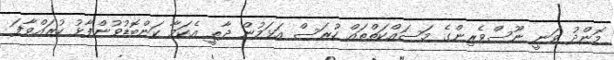
މޮންދު ވަނީ ނޫސްވެރިންގެ މަސައްކަތްތައް ހުރަސް އަޅަމުން ދާތީ އެކަމާ ކަންބޮޑުވުންފާޅު ކުރައްވާފަ